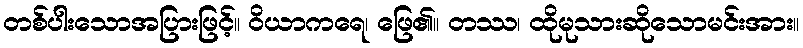
တစ်ပါးသောအပြားဖြင့်။ ဝိယာကရေ၊ ဖြေ၏။ တဿ၊ ထိုမုသားဆိုသောမင်းအား။